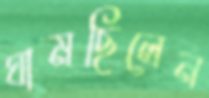
ঘামছিলেন